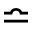
\bumpeq